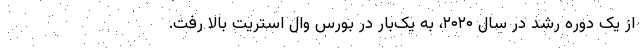
از یک دوره رشد در سال ۲۰۲۰، به یک‌بار در بورس وال استریت بالا رفت.